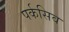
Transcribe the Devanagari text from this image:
पर्कसिव